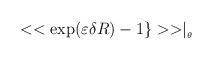
LaTeX: \begin{align*}<<\exp (\varepsilon \delta R)-1\}>>\mid _{_{\theta }}\end{align*}